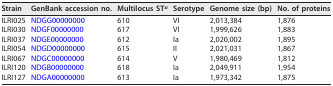
<table><thead><tr><td><b>Strain</b></td><td><b>GenBank accession no.</b></td><td><b>Multilocus ST<sup>a</sup></b></td><td><b>Serotype</b></td><td><b>Genome size (bp)</b></td><td><b>No. of proteins</b></td></tr></thead><tbody><tr><td>ILRI025</td><td>NDGG00000000</td><td>610</td><td>VI</td><td>2,013,384</td><td>1,876</td></tr><tr><td>ILRI030</td><td>NDGF00000000</td><td>617</td><td>VI</td><td>1,999,626</td><td>1,883</td></tr><tr><td>ILRI037</td><td>NDGE00000000</td><td>612</td><td>Ia</td><td>2,020,002</td><td>1,895</td></tr><tr><td>ILRI054</td><td>NDGD00000000</td><td>615</td><td>II</td><td>2,021,031</td><td>1,867</td></tr><tr><td>ILRI067</td><td>NDGC00000000</td><td>614</td><td>V</td><td>1,980,469</td><td>1,812</td></tr><tr><td>ILRI120</td><td>NDGB00000000</td><td>618</td><td>Ia</td><td>2,049,911</td><td>1,954</td></tr><tr><td>ILRI127</td><td>NDGA00000000</td><td>613</td><td>Ia</td><td>1,973,342</td><td>1,875</td></tr></tbody></table>